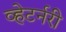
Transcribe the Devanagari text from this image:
व्हेटर्नरी